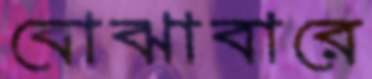
বোঝাবারে